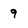
Character: 9